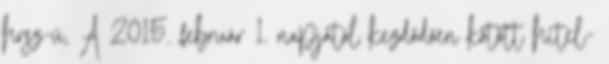
hrsz-ú, A 2015. február 1. napjától kezdődően kötött hitel-